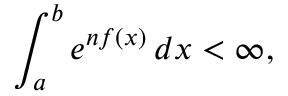
\int _ { a } ^ { b } e ^ { n f ( x ) } \, d x < \infty ,